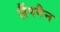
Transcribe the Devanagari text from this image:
लैंपमैन